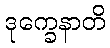
ဒုက္ခေနာတိ